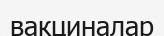
вакциналар